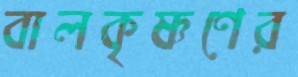
বালকৃষ্ণণের